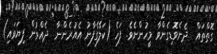
ގޮތްތައް  ދެނެވޮޑިގެންވާ މީހުންނެެވެ. ފަހެ (ކަލޭގެފާނު އެއުރެންނާ  ދެއްވުން ފިޔަވައި)